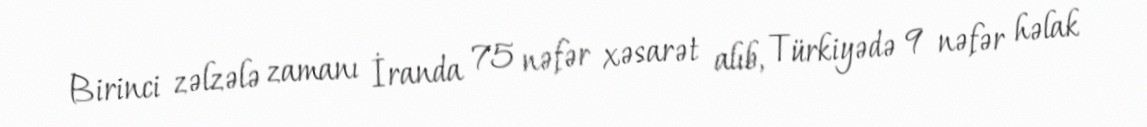
Birinci zəlzələ zamanı İranda 75 nəfər xəsarət alıb, Türkiyədə 9 nəfər həlak